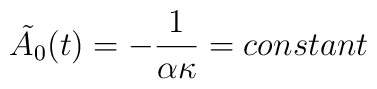
\tilde{A_0}(t)=-\frac{1}{\alpha \kappa} = constant